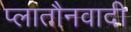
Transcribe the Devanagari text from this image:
प्लातौनवादी